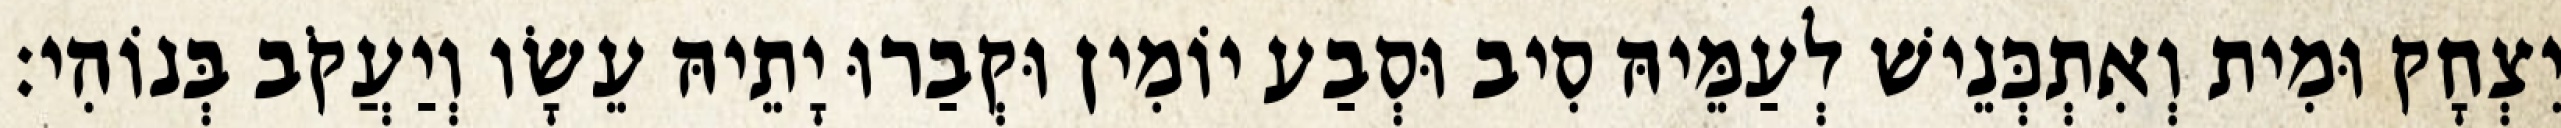
יִצְחָק וּמִית וְאִתְכְּנֵישׁ לְעַמֵּיהּ סִיב וּסְבַע יוֹמִין וּקְבַרוּ יָתֵיהּ עֵשָׂו וְיַעֲקֹב בְּנוֹהִי׃